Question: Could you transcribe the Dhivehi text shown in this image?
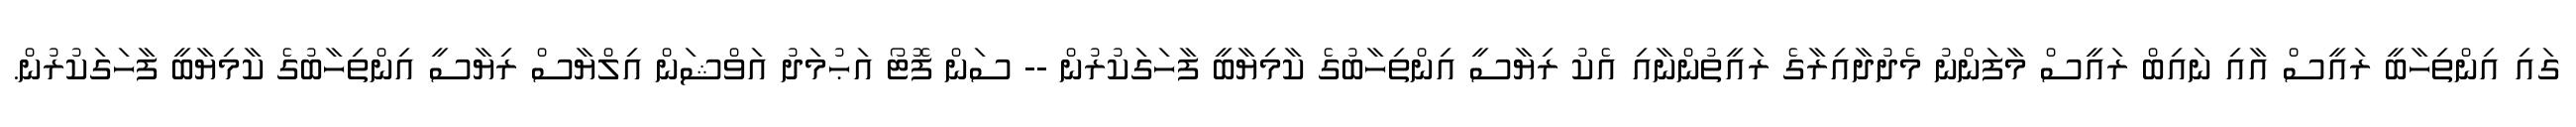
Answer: ގައި އިންތިހާބީ ރައީސް އާއި ނައިބް ރައީސް މާފަންނު މެދުދާއިރާގެ ރައީތުންނާއި އެކު ރިޔާސީ އިންތިހާބުގެ ކާމިޔާބީ ފާހަގަކުރުން -- ސަން ފޮޓޯ އަޙުމަދު އަވްޝަން އިލްޔާސް ރިޔާސީ އިންތިހާބުގެ ކާމިޔާބީ ފާހަގަކުރުން.